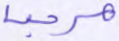
مرحبا